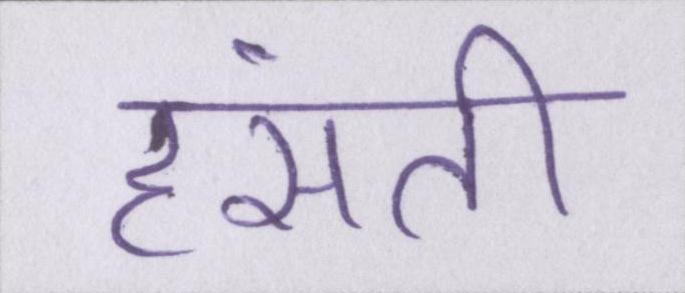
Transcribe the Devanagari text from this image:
हंसती